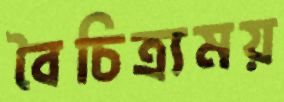
বৈচিত্র্যময়